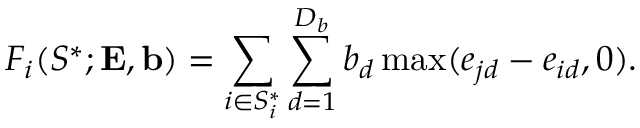
F _ { i } ( S ^ { * } ; { \mathbf { E } } , { \mathbf { b } } ) = \sum _ { i \in { S _ { i } ^ { * } } } \sum _ { d = 1 } ^ { D _ { b } } b _ { d } \operatorname* { m a x } ( e _ { j d } - e _ { i d } , 0 ) .